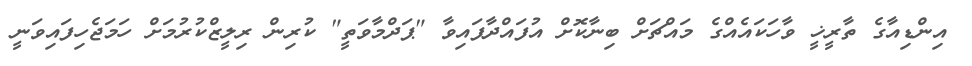
އިންޑިއާގެ ތާރީޚީ ވާހަކައެއްގެ މައްޗަށް ބިނާކޮށް އުފައްދާފައިވާ "ޕަދްމާވަތީ" ކުރިން ރިލީޒްކުރުމަށް ހަމަޖެހިފައިވަނީ